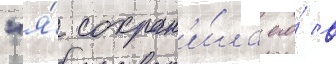
"я́ сохран'и́ла его́ в